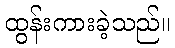
ထွန်းကားခဲ့သည်။